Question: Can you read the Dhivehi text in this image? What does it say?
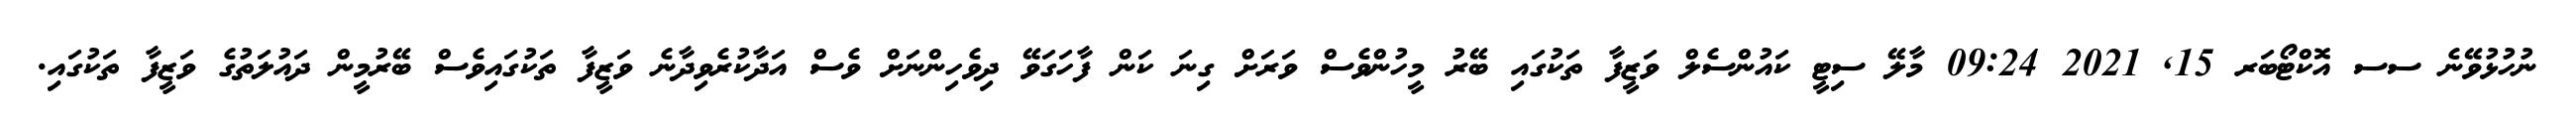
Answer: ނުހުޅުވޭނެ ސސ އޮކްޓޯބަރ 15, 2021 09:24 މާލޭ ސިޓީ ކައުންސެލް ވަޒީފާ ތަކުގައި ބޭރު މީހުންވެސް ވަރަށް ގިނަ ކަން ފާހަގަވޭ ދިވެހިންނަށް ވެސް އަދާކުރެވިދާނެ ވަޒީފާ ތަކުގައިވެސް ބޭރުމީން ދައުލަތުގެ ވަޒީފާ ތަކުގައި.